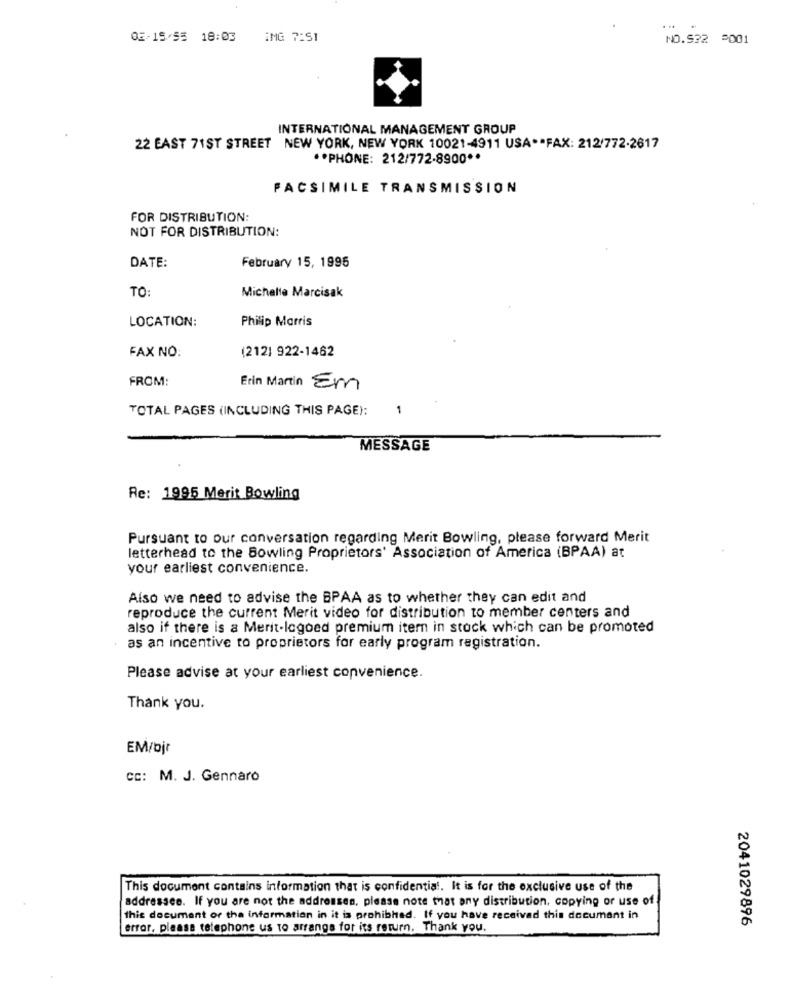
02/15/55 18:03 İMG 7:51
NO.522 5001
INTERNATIONAL MANAGEMENT GROUP
22 EAST 71ST STREET NEW YORK, NEW YORK 10021-4911 USA ** FAX: 212/772-2617
** PHONE: 212/772-8900 **
FACSIMILE TRANSMISSION
FOR DISTRIBUTION:
NOT FOR DISTRIBUTION:
DATE:
February 15, 1995
TO:
Michelle Marcisak
Philip Morris
LOCATION:
FAX NO:
(212) 922-1462
FROM:
Erin Martin Em
TOTAL PAGES (INCLUDING THIS PAGE):
1
MESSAGE
Re: 1995 Merit Bowling
Pursuant to our conversation regarding Merit Bowling, please forward Merit
letterhead to the Bowling Proprietors' Association of America (BPAA) at
your earliest convenience.
Also we need to advise the BPAA as to whether they can edit and
reproduce the current Merit video for distribution to member centers and
also if there is a Merit-logoed premium itern in stock which can be promoted
as an incentive to proprietors for early program registration.
Please advise at your earliest convenience.
Thank you.
EM/bjr
Cc: M. J. Gennaro
This document contains information that is confidential. It is for the exclusive use of the
addressee. If you are not the addresses, please note that any distribution, copying or use of
this document or the information in it is prohibhed. If you have received this document in
2041029896
error, please telephone us to arrange for its return. Thank you.